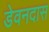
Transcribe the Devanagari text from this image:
डेवनदास